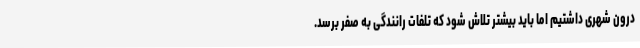
درون شهری داشتیم اما باید بیشتر تلاش شود که تلفات رانندگی به صفر برسد.